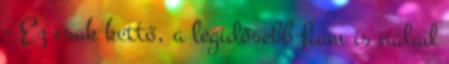
- Ez csak kettő, a legidősebb fiam is nálad